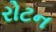
રોટન